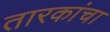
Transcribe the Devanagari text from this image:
तारकांचा